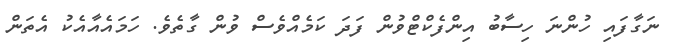
ނަގާފައި ހުންނަ ހިސާބު އިންފެކްޓްވުން ފަދަ ކަމެއްވެސް ވުން ގާތެވެ. ހަމައެއާއެކު އެތަން